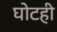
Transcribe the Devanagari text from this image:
घोटही